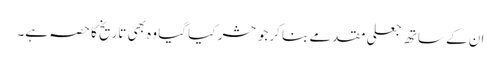
ان کے ساتھ جعلی مقدمے بنا کرجو حشر کیا گیا وہ بھی تاریخ کا حصہ ہے۔